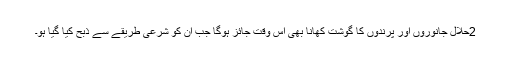
2حلال جانوروں اور پرندوں کا گوشت کھانا بھی اس وقت جائز ہوگا جب ان کو شرعی طریقے سے ذبح کیا گیا ہو۔